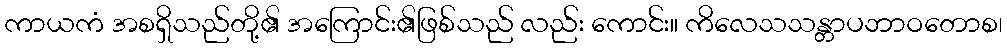
ကာယကံ အစရှိသည်တို့၏ အကြောင်း၏ဖြစ်သည် လည်း ကောင်း။ ကိလေသသန္တာပဘာဝတောစ၊